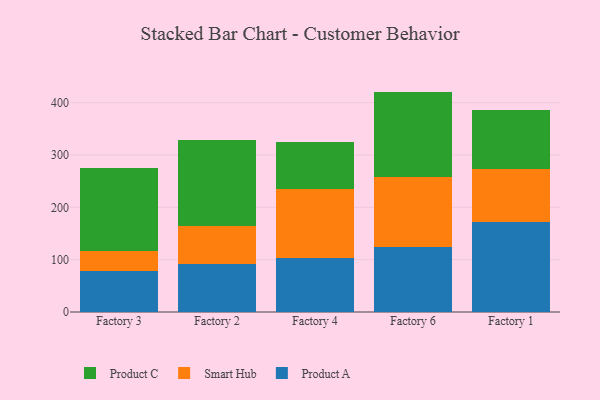
{"axis": {"x": "Factory", "y": "Active Users"}, "legend": ["Product A", "Product C", "Smart Hub"], "data": [{"x": "Factory 3", "y": 79.2, "type": "Product A"}, {"x": "Factory 3", "y": 36.9, "type": "Smart Hub"}, {"x": "Factory 3", "y": 158.2, "type": "Product C"}, {"x": "Factory 2", "y": 91.7, "type": "Product A"}, {"x": "Factory 2", "y": 72.8, "type": "Smart Hub"}, {"x": "Factory 2", "y": 164.8, "type": "Product C"}, {"x": "Factory 4", "y": 102.3, "type": "Product A"}, {"x": "Factory 4", "y": 132.6, "type": "Smart Hub"}, {"x": "Factory 4", "y": 89.7, "type": "Product C"}, {"x": "Factory 6", "y": 124.6, "type": "Product A"}, {"x": "Factory 6", "y": 133.6, "type": "Smart Hub"}, {"x": "Factory 6", "y": 162.9, "type": "Product C"}, {"x": "Factory 1", "y": 172.1, "type": "Product A"}, {"x": "Factory 1", "y": 100.3, "type": "Smart Hub"}, {"x": "Factory 1", "y": 113.5, "type": "Product C"}]}